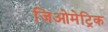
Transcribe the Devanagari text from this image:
जिओमेट्रिक